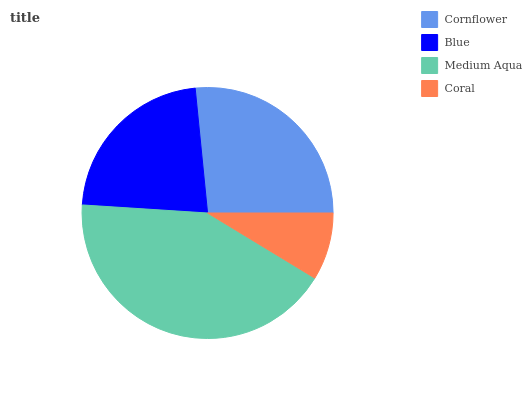
| Cornflower | Blue | Medium Aqua | Coral |
 | --- | --- | --- | --- |
 | 26.6% | 22.4% | 42.3% | 8.69% |